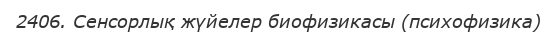
2406. Сенсорлық жүйелер биофизикасы (психофизика)